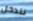
نتدخل